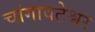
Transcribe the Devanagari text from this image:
चांगावटेश्वर